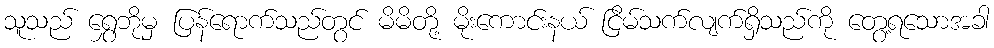
သူသည် ရွှေဘိုမှ ပြန်ရောက်သည်တွင် မိမိတို့ မိုးကောင်းနယ် ငြိမ်သက်လျက်ရှိသည်ကို တွေ့ရသောအခါ